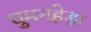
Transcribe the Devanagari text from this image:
घुमनहेड़ा